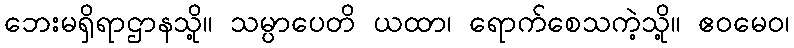
ဘေးမရှိရာဌာနသို့။ သမ္ပာပေတိ ယထာ၊ ရောက်စေသကဲ့သို့။ ဧဝမေဝ၊